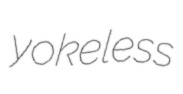
yokeless